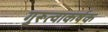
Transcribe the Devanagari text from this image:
गुरूत्वाकर्षक